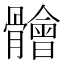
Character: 䯤